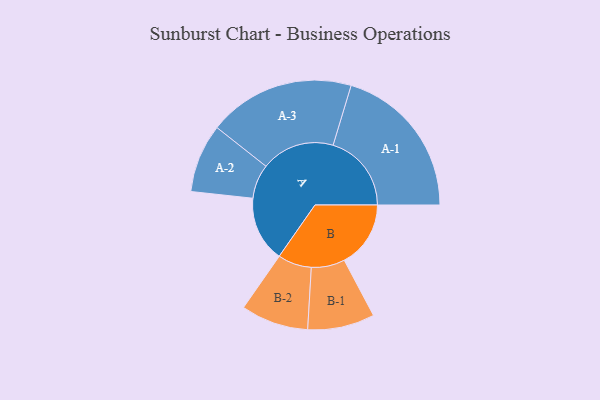
{"axis": {"x": "Segment", "y": "Value"}, "legend": ["", "A", "B"], "data": [{"x": "A", "y": 237, "type": ""}, {"x": "B", "y": 240, "type": ""}, {"x": "A-1", "y": 283, "type": "A"}, {"x": "A-2", "y": 124, "type": "A"}, {"x": "A-3", "y": 265, "type": "A"}, {"x": "B-1", "y": 121, "type": "B"}, {"x": "B-2", "y": 122, "type": "B"}]}